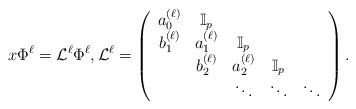
LaTeX: \begin{align*}x{\Phi}^\ell={\mathcal{L}}^\ell {\Phi}^\ell ,{\mathcal{L}}^\ell=\left(\begin{array}{ccccc}{a}_0^{(\ell)}&\mathbb{I}_p&&&\\b_1^{(\ell)}&{a}_1^{(\ell)}&\mathbb{I}_p&&\\&b_2^{(\ell)}&{a}_2^{(\ell)}&\mathbb{I}_p&\\&&\ddots&\ddots&\ddots\end{array}\right).\end{align*}